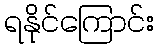
ရနိုင်ကြောင်း